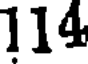
114